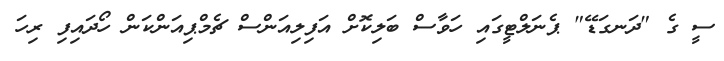
ސީ ގެ "ދަނގަޑޭ" ޕެނަލްޓީގައި ހަވާސް ބަލިކޮށް އަފިލިއަންސް ޗެމްޕިއަންކަން ހޯދައިފި ރިހަ